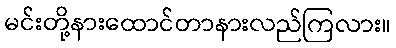
မင်းတို့နားထောင်တာနားလည်ကြလား။